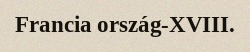
Francia ország-XVIII.